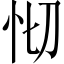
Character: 𢗠